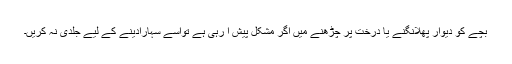
بچے کو دیوار پھلانگنے یا درخت پر چڑھنے میں اگر مشکل پیش آ رہی ہے تواسے سہارادینے کے لیے جلدی نہ کریں۔